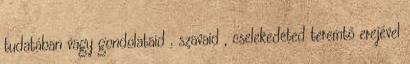
tudatában vagy gondolataid , szavaid , cselekedeted teremtő erejével